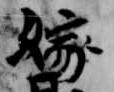
嫁